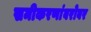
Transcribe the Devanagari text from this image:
समीकरणांबरोबर